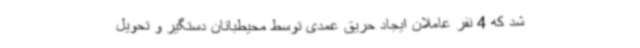
شد که 4 نفر عاملان ایجاد حریق عمدی توسط محیطبانان دستگیر و تحویل